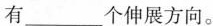
有___个伸展方向。